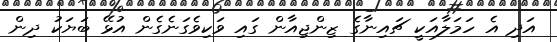
އަދި އެ ހަމަލާއަކީ ޗައިނާގެ ޒިންޖިއާން ގައި ވަކިވެގަނެގެން އުޅޭ ބަޔަކު ދިން